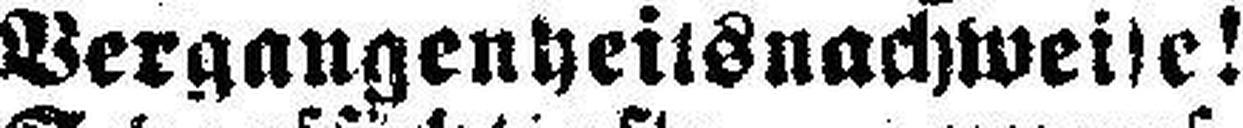
Vergangenheitsnachweise!